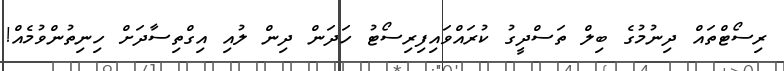
ރިސޯޓްތައް ދިނުމުގެ ބިލް ތަސްދީގު ކުރައްވައިފިރިސޯޓު ހަދަން ދިން ލުއި އިގްތިސާދަށް ހިނިތުންވުމެއް!